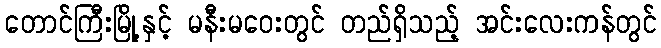
တောင်ကြီးမြို့နှင့် မနီးမဝေးတွင် တည်ရှိသည့် အင်းလေးကန်တွင်